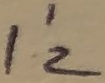
Text: I'2